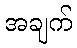
အချက်